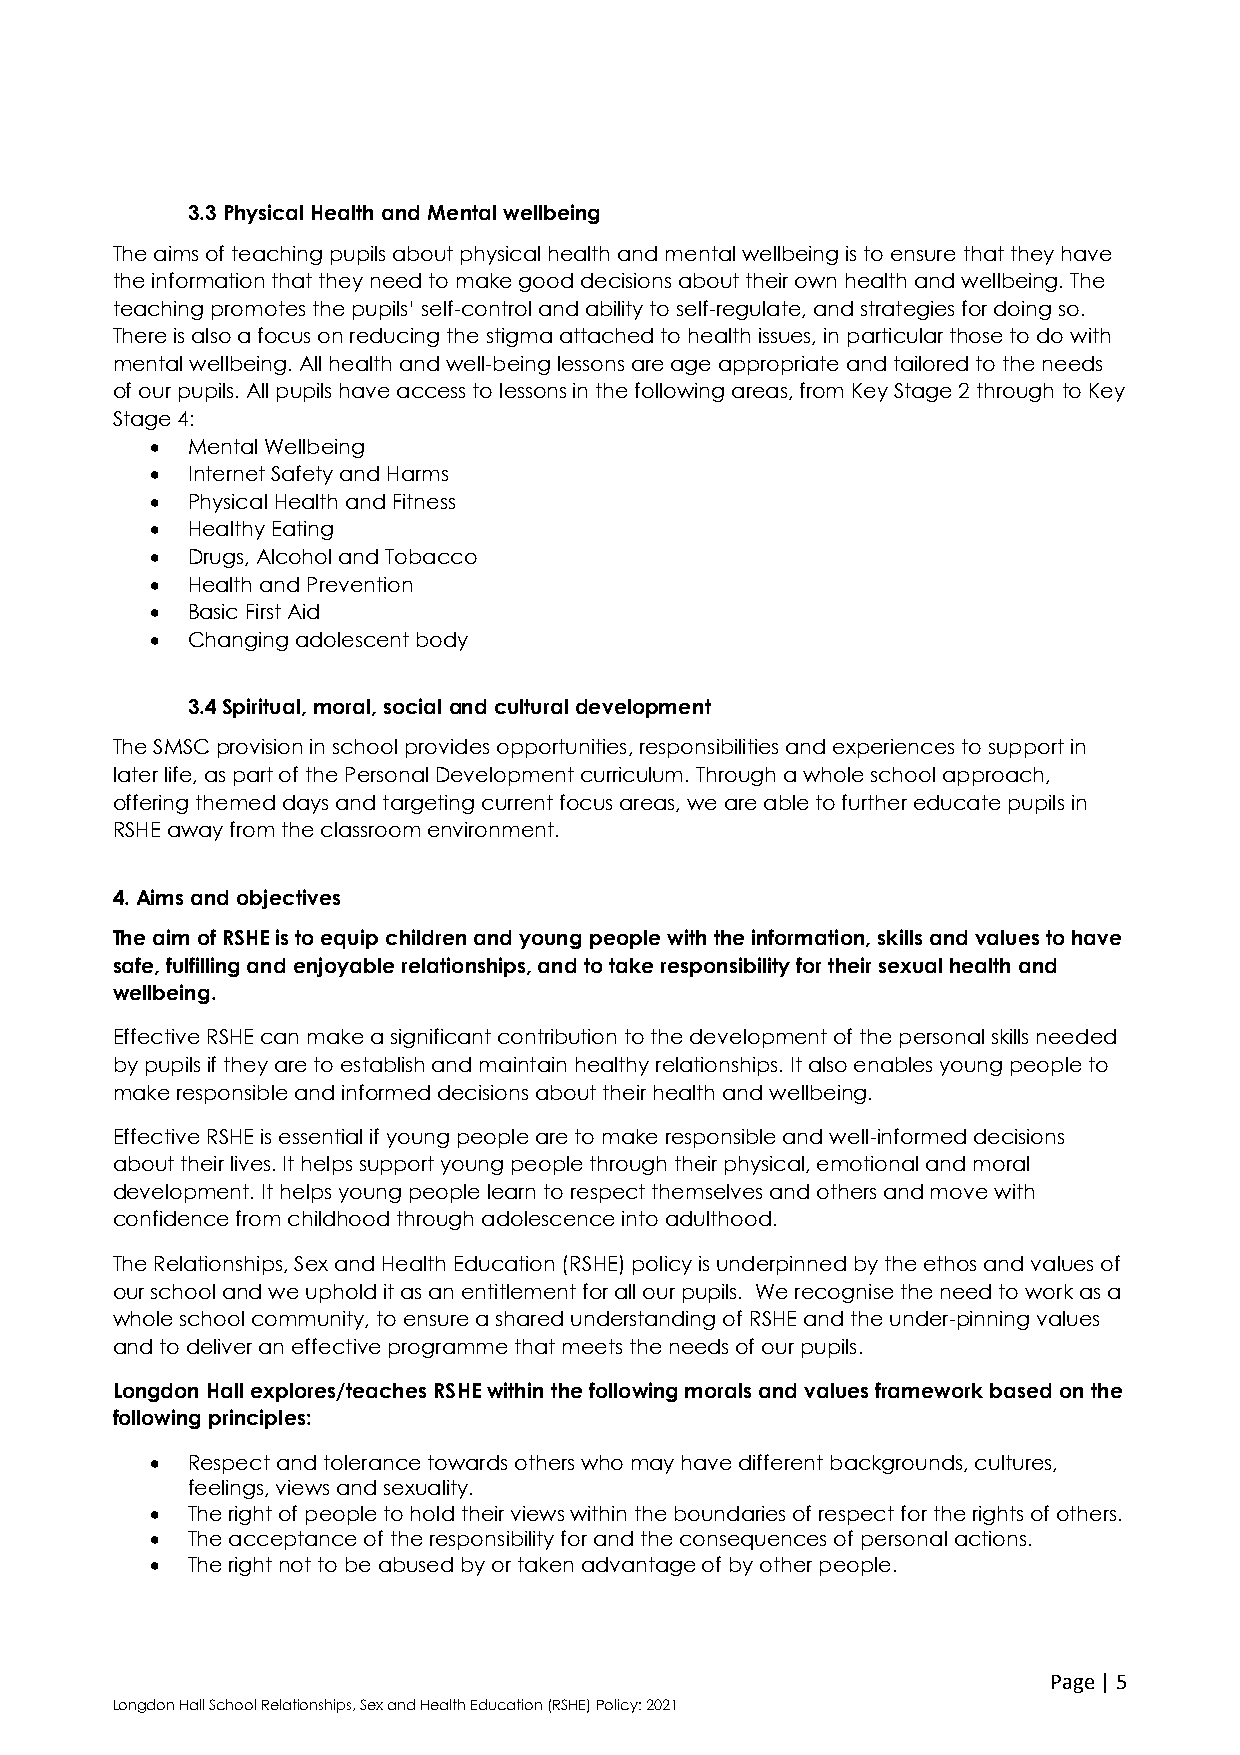
3.3 Physical Health and Mental wellbeing
 The aims of teaching pupils about physical health and mental wellbeing is to ensure that they have
 the information that they need to make good decisions about their own health and wellbeing. The
 teaching promotes the pupils’ self-control and ability to self-regulate, and strategies for doing so.
 There is also a focus on reducing the stigma attached to health issues, in particular those to do with
 mental wellbeing. All health and well-being lessons are age appropriate and tailored to the needs
 of our pupils. All pupils have access to lessons in the following areas, from Key Stage 2 through to Key
 Stage 4:
  Mental Wellbeing
  Internet Safety and Harms
  Physical Health and Fitness
  Healthy Eating
  Drugs, Alcohol and Tobacco
  Health and Prevention
  Basic First Aid
  Changing adolescent body
 3.4 Spiritual, moral, social and cultural development
 The SMSC provision in school provides opportunities, responsibilities and experiences to support in
 later life, as part of the Personal Development curriculum. Through a whole school approach,
 offering themed days and targeting current focus areas, we are able to further educate pupils in
 RSHE away from the classroom environment.
 4. Aims and objectives
 The aim of RSHE is to equip children and young people with the information, skills and values to have
 safe, fulfilling and enjoyable relationships, and to take responsibility for their sexual health and
 wellbeing.
 Effective RSHE can make a significant contribution to the development of the personal skills needed
 by pupils if they are to establish and maintain healthy relationships. It also enables young people to
 make responsible and informed decisions about their health and wellbeing.
 Effective RSHE is essential if young people are to make responsible and well-informed decisions
 about their lives. It helps support young people through their physical, emotional and moral
 development. It helps young people learn to respect themselves and others and move with
 confidence from childhood through adolescence into adulthood.
 The Relationships, Sex and Health Education (RSHE) policy is underpinned by the ethos and values of
 our school and we uphold it as an entitlement for all our pupils. We recognise the need to work as a
 whole school community, to ensure a shared understanding of RSHE and the under-pinning values
 and to deliver an effective programme that meets the needs of our pupils.
 Longdon Hall explores/teaches RSHE within the following morals and values framework based on the
 following principles:
  Respect and tolerance towards others who may have different backgrounds, cultures,
 feelings, views and sexuality.
  The right of people to hold their views within the boundaries of respect for the rights of others.
  The acceptance of the responsibility for and the consequences of personal actions.
  The right not to be abused by or taken advantage of by other people.
 Page | 5
 Longdon Hall School Relationships, Sex and Health Education (RSHE) Policy: 2021